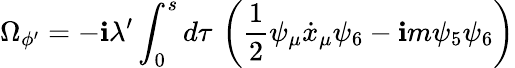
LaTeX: \Omega_{\phi^{\prime}}=-\mathbf{i}\lambda^{\prime}\int_{0}^{s}d\tau\, \left(\frac{{1}}{{2}}\psi_{\mu}\dot{{x}}_{\mu}\psi_{6}-\mathbf{i}m\psi_{5}\psi_{6}\right)